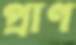
প্রাণ